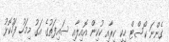
ގެންނަ ކޯސްޓް ހިކި ކިރާއި ކުކިން އޮއިލާއި ސައިފަތުގެ އަގު މިމަހު ފަހުކޮޅު